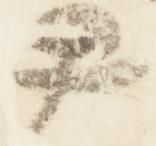
尹